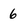
Character: 6